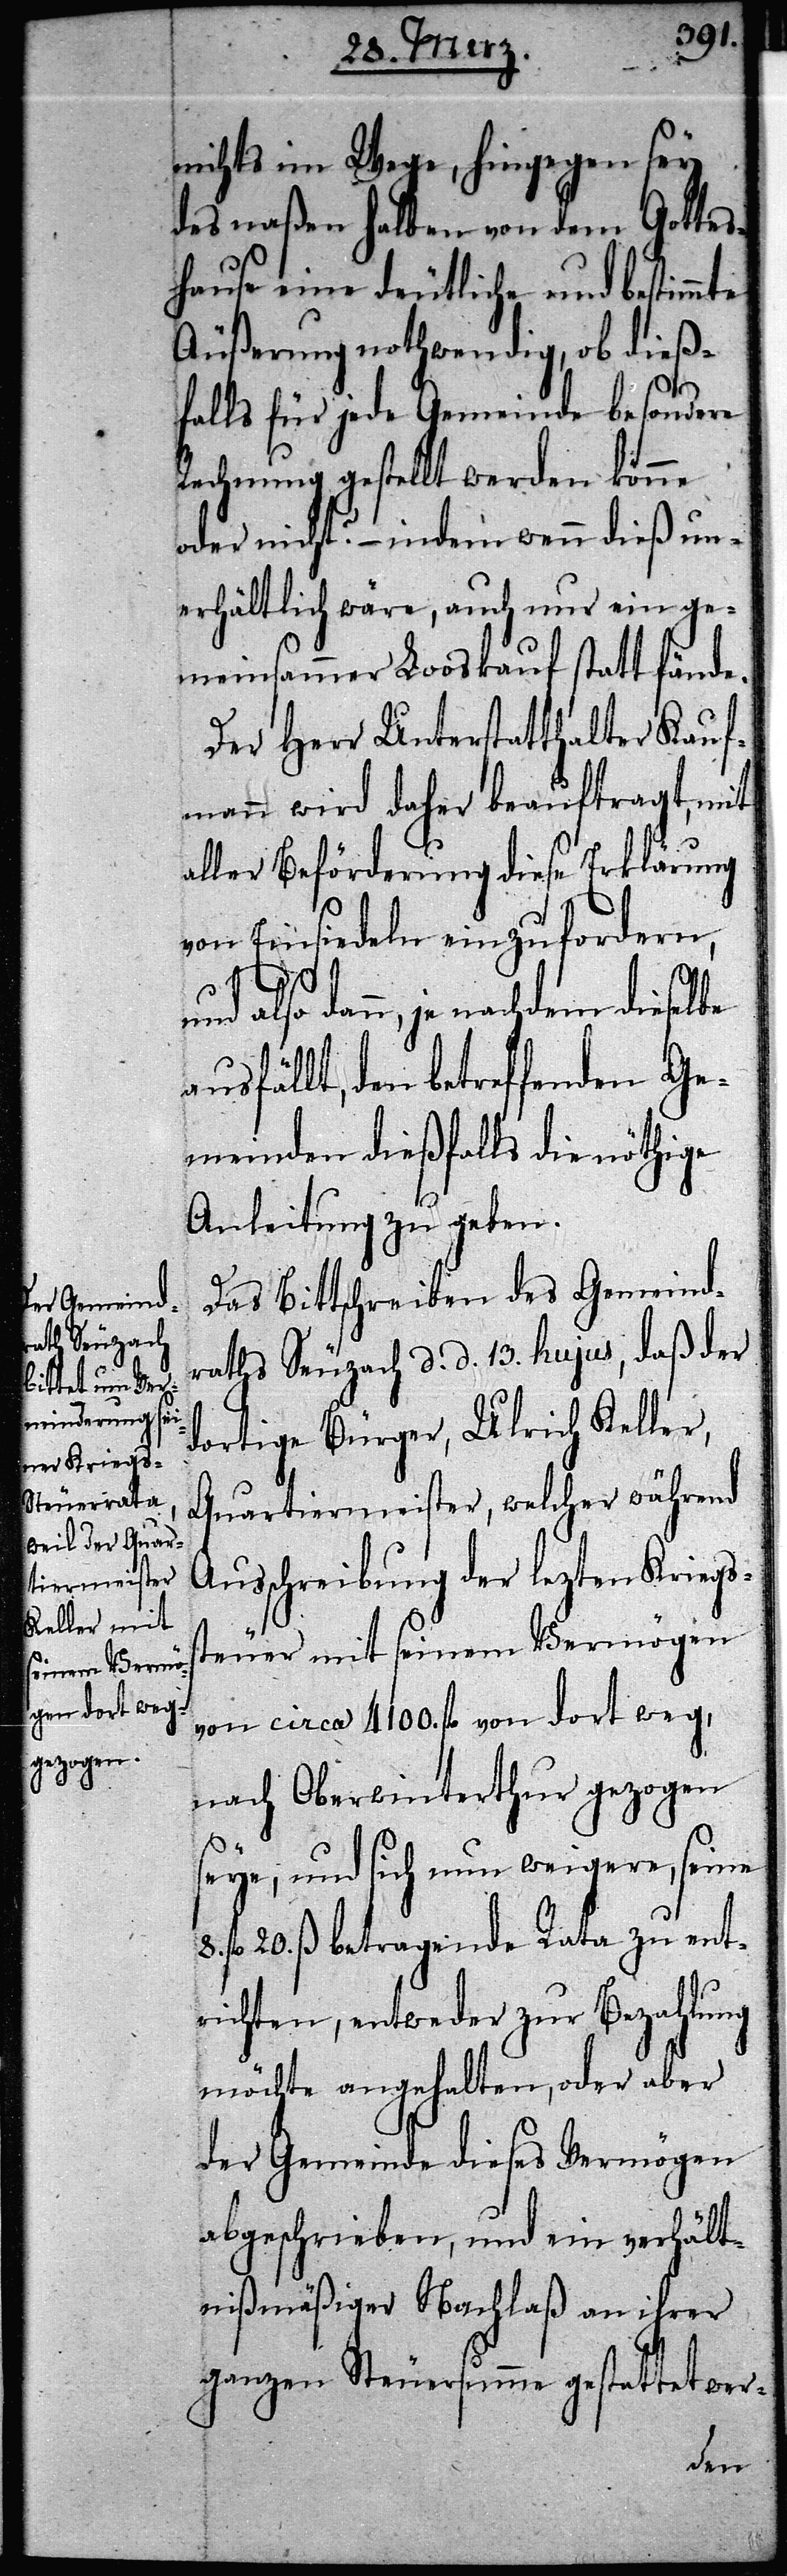
nichts im Wege, hingegen sey
des naßen halben von dem Gottes¬
hause eine deutliche und bestimm¬
Äußerung nothwendig, ob dieß¬
falls für jede Gemeinde besondere
Rechnung gestellt werden könne
oder nicht? – indem wenn dieß un¬
erhältlich wäre, auch nur ein ge¬
meinsammer Looskauf statt fände.
Der Herr Unterstatthalter Kauf¬
mann wird daher beauftragt, mit
aller Beförderung diese Erklärung
von Einsiedeln einzufordern,
dann, je nachdem dieselbe
ausfällt, den betreffenden Ge¬
meinden dießfalls die nöthige
Anleitung zu geben.
Das Bittschreiben des Gemeind¬
raths Seuzach d. d. 13. hujus, daß der
dortige Bürger, Ulrich Keller,
Quartiermeister, welcher während
Ausschreibung der lezten Kriegs¬
steuer mit seinem Vermögen
von circa 4100. fl von dort weg,
nach Oberwinterthur gezogen
seye, und sich nun weigere, seine
8. fl 20. ß betragende Rata zu ent¬
richten, entweder zur Bezahlung
möchte angehalten, oder aber
der Gemeinde dieses Vermögen
abgeschrieben, und ein verhält¬
nißmäßiger Nachlaß an ihrer
ganzen Steuersumme gestattet wer-
te